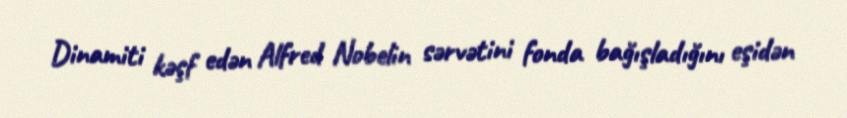
Dinamiti kəşf edən Alfred Nobelin sərvətini fonda bağışladığını eşidən